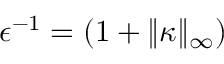
\epsilon ^ { - 1 } = ( 1 + \| \kappa \| _ { \infty } )